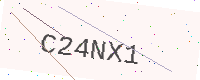
Text: C24NX1